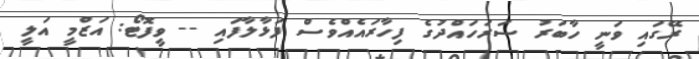
ރޭގައި ވަނީ ހާބަރު ސަރަހައްދުގެ ފިހާރައެއްވެސް ފަޅާލާފައި -- ވީފޮޓޯ: އަޒްމީ އަލީ